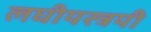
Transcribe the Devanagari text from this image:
लघीयस्त्रयी